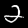
Label: 2